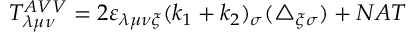
T _ { \lambda \mu \nu } ^ { A V V } = 2 \varepsilon _ { \lambda \mu \nu \xi } ( k _ { 1 } + k _ { 2 } ) _ { \sigma } ( \triangle _ { \xi \sigma } ) + N A T